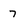
Character: 7